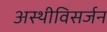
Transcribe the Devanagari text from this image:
अस्थीविसर्जन